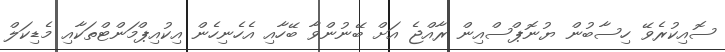
ސޮއިކުރެވޭ ހިސާބުން ޔުނޮޕްސްއިން ރާއްޖެ އަށް ބޭނުންވާ ބޭހާއި އެހެނިހެން އިކުއިޕްމަންޓްތަކާއި މެޑިކަލް